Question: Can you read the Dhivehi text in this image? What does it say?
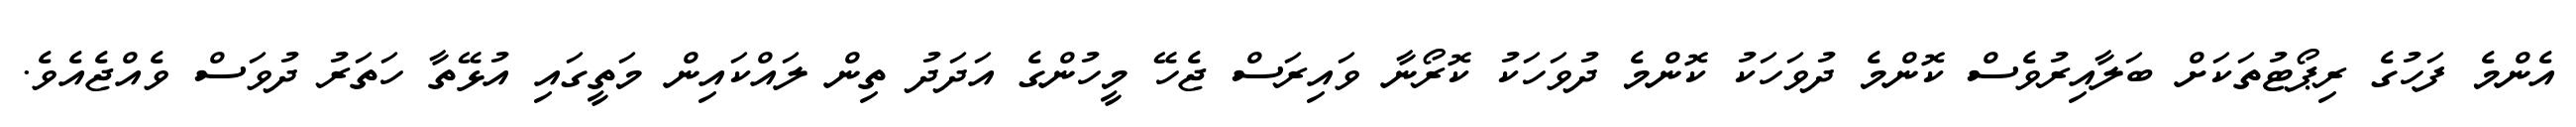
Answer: އެންމެ ފަހުގެ ރިޕޯޓުތަކަށް ބަލާއިރުވެސް ކޮންމެ ދުވަހަކު ކޮންމެ ދުވަހަކު ކޮރޯނާ ވައިރަސް ޖެހޭ މީހުންގެ އަދަދު ތިން ލައްކައިން މަތީގައި އުޅޭތާ ހަތަރު ދުވަސް ވެއްޖެއެވެ.